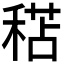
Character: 𥠯